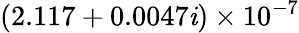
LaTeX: (2.117+0.0047\mathit{i})\times10^{-7}